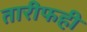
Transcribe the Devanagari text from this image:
तारीफही